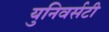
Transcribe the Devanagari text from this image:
युनिवर्सटी